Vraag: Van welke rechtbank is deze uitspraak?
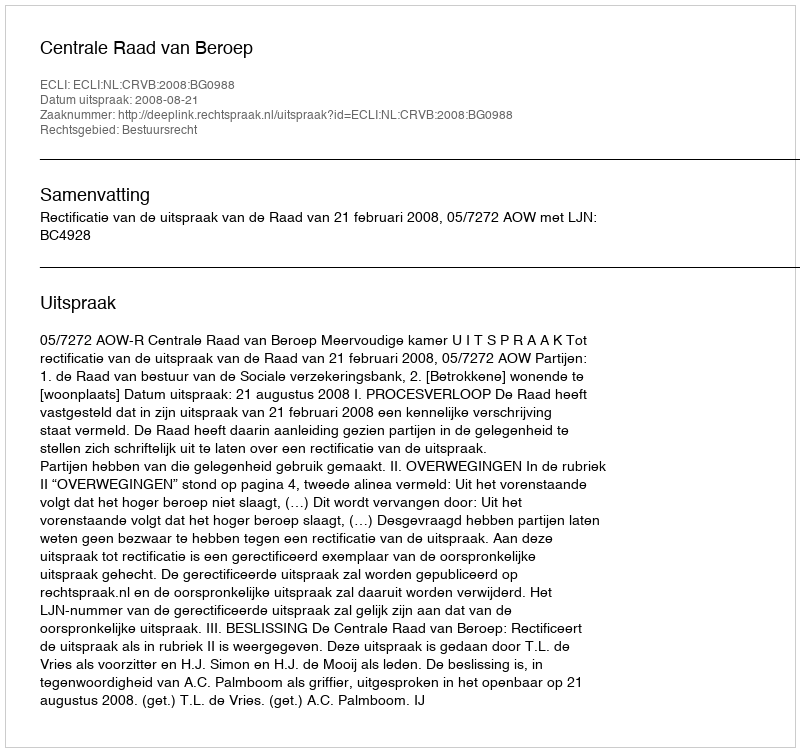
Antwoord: Centrale Raad van Beroep